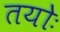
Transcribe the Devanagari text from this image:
तयोः